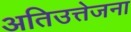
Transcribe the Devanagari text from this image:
अतिउत्तेजना